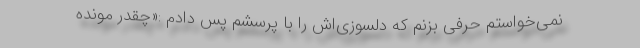
نمی‌خواستم حرفی بزنم که دلسوزی‌اش را با پرسشم پس دادم :«چقدر مونده